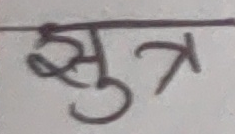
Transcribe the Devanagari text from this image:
सूत्र